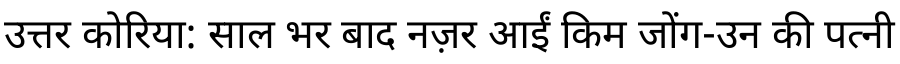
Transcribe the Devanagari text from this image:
उत्तर कोरिया: साल भर बाद नज़र आईं किम जोंग-उन की पत्नी